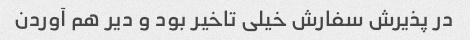
در پذیرش سفارش خیلی تاخیر بود و دیر هم آوردن